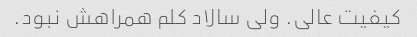
کیفیت عالی. ولی سالاد کلم همراهش نبود.